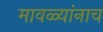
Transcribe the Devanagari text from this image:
मावळ्यांनाच